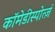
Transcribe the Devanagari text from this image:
कॉमेडीस्पोर्त्ज़